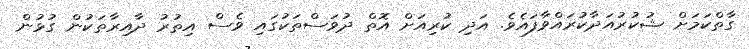
ގާތްކަމަށް ޝުކުރުއަދާކުރައްވާފައެވެ. އަދި ކުރިއަށް އޮތް ދުވަސްތަކުގައި ވެސް އިތުރު ދާއިރާތަކުން ގުޅުން